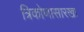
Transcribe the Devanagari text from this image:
त्रिकोणासारखा